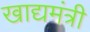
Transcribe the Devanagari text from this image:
खाद्यमंत्री